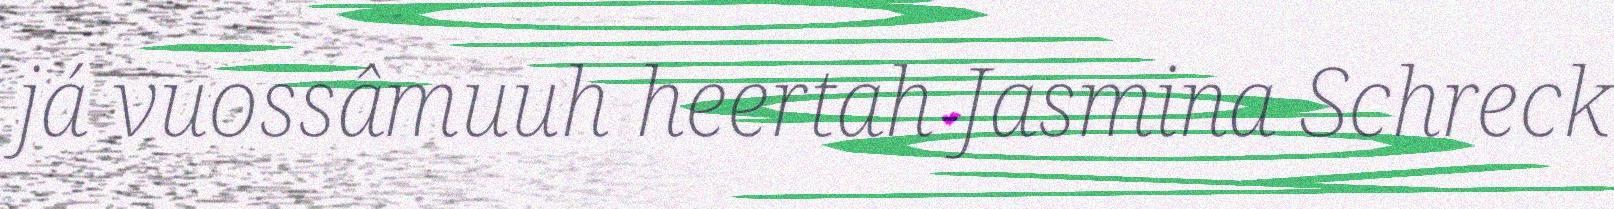
já vuossâmuuh heertah Jasmina Schreck